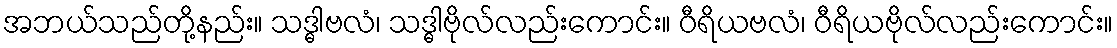
အဘယ်သည်တို့နည်း။ သဒ္ဓါဗလံ၊ သဒ္ဓါဗိုလ်လည်းကောင်း။ ဝီရိယဗလံ၊ ဝီရိယဗိုလ်လည်းကောင်း။